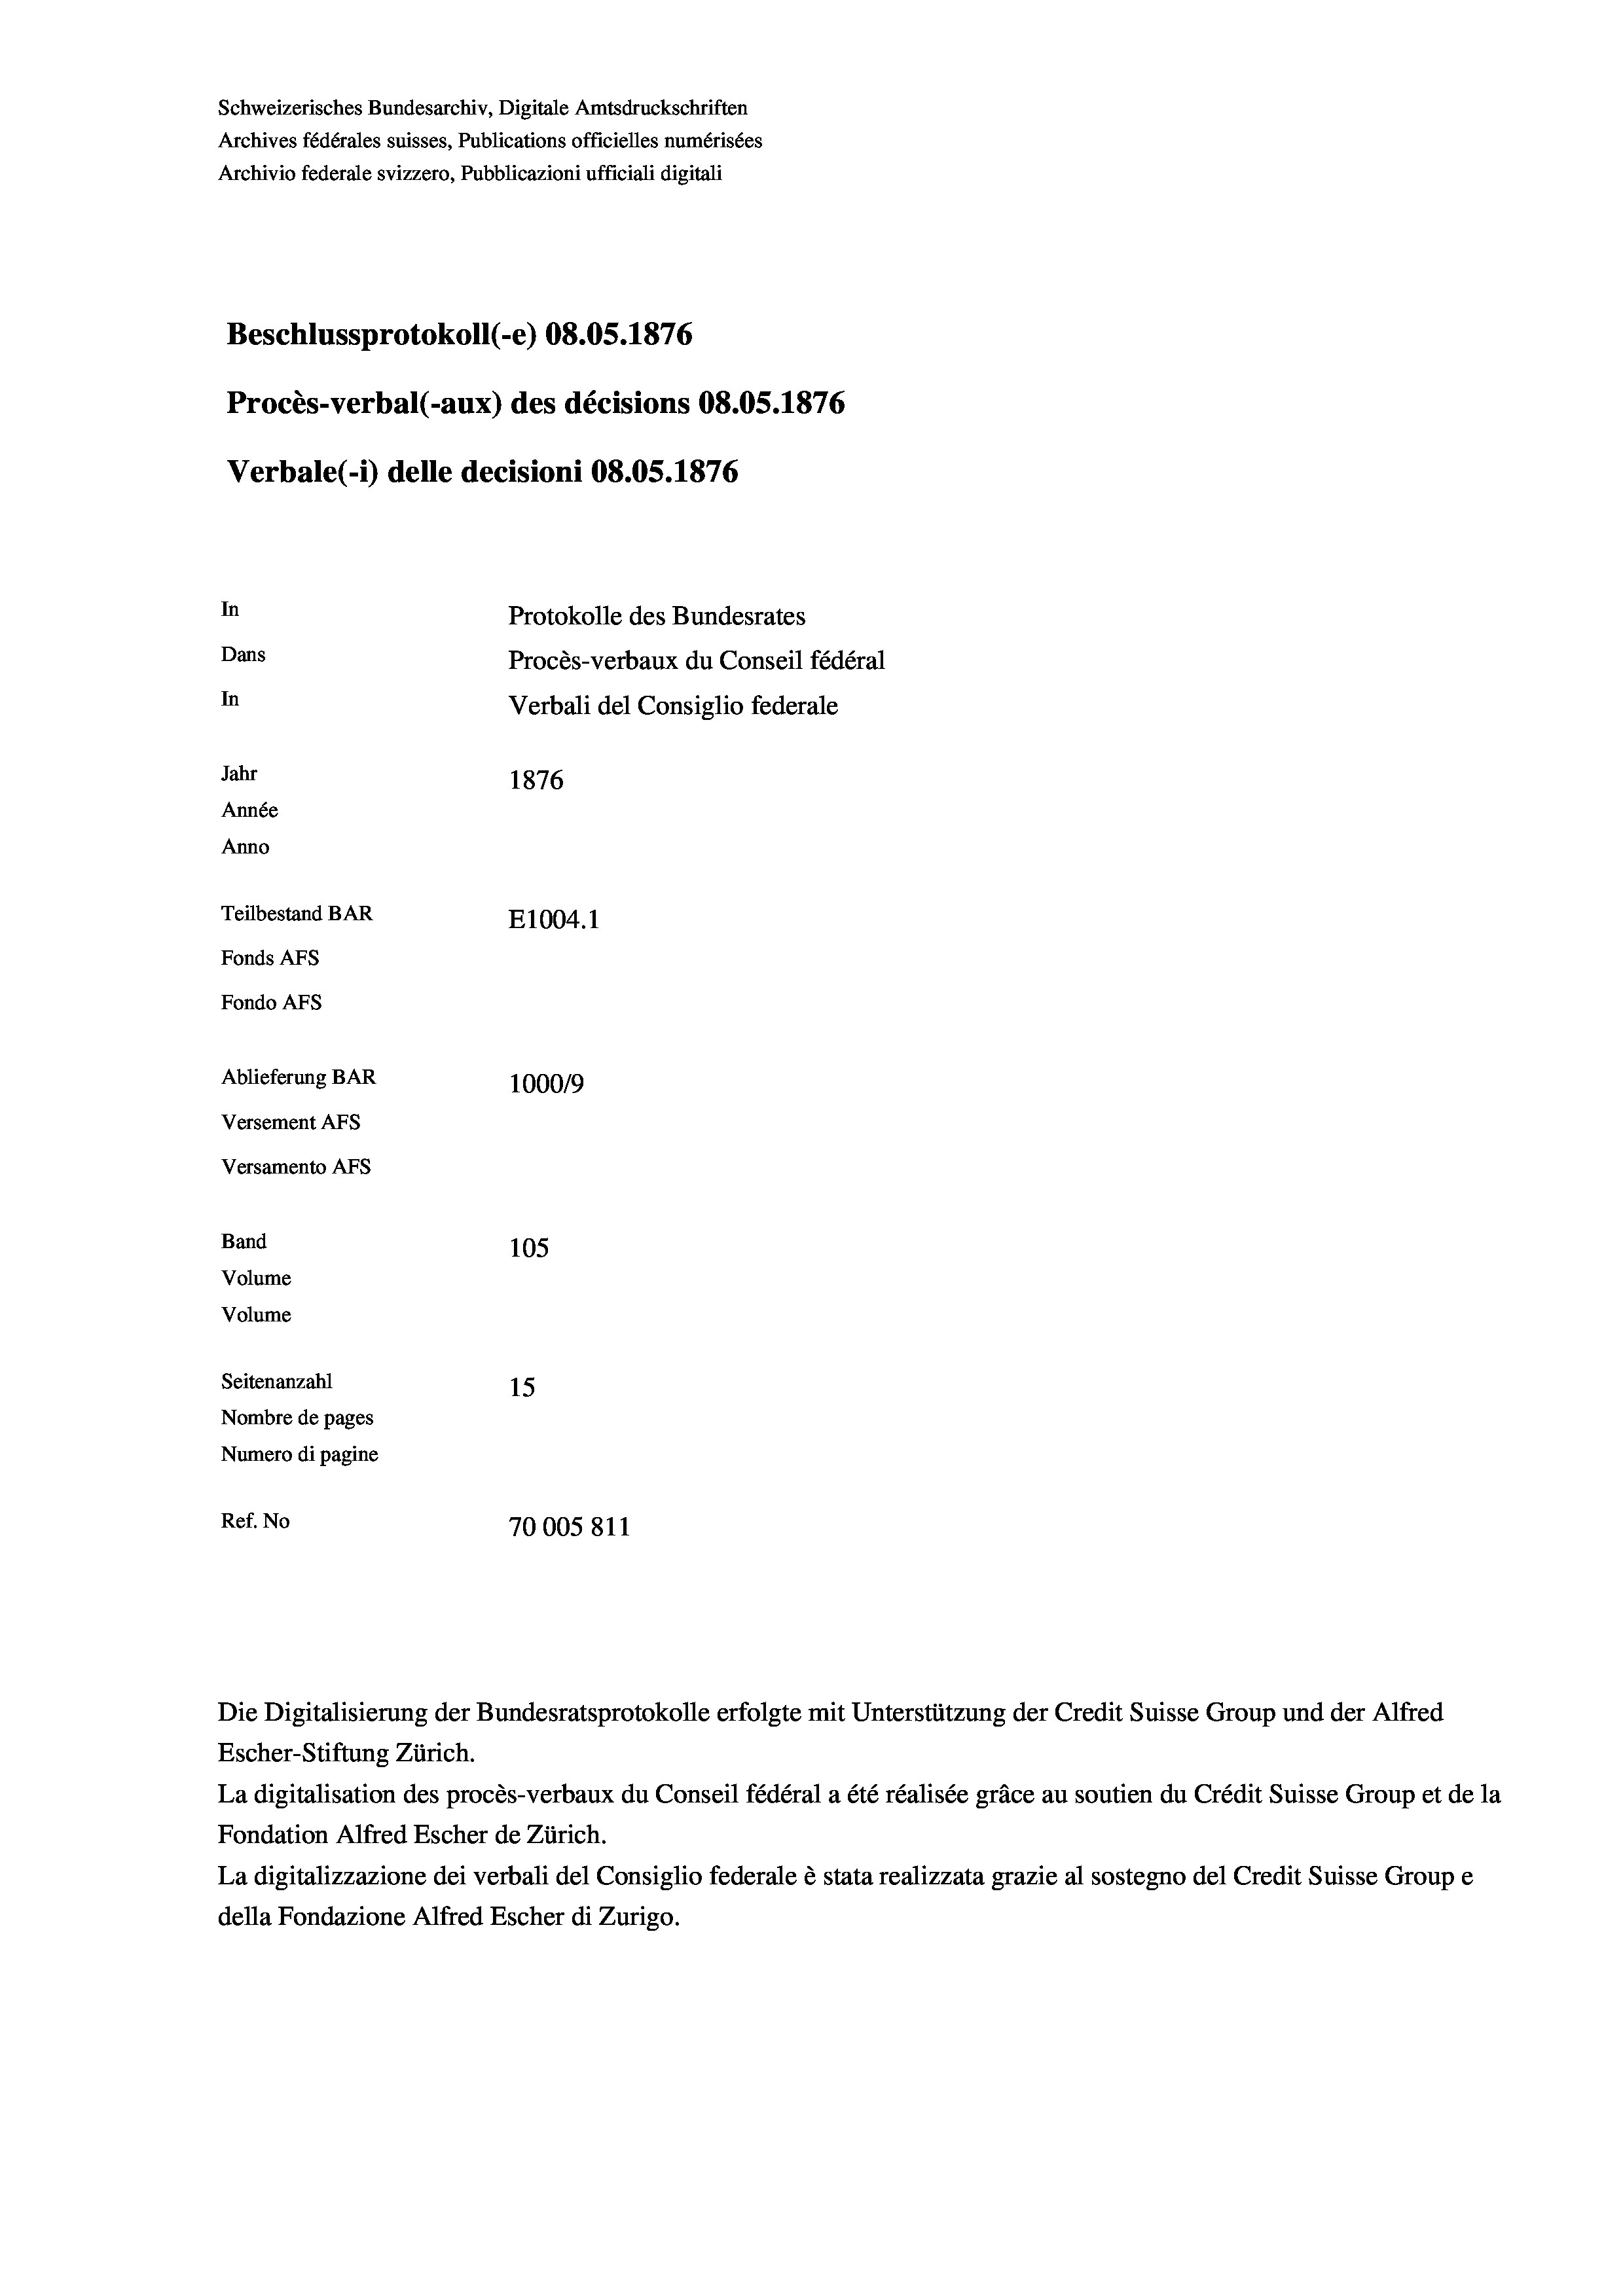
Schweizerisches Bundesarchiv, Digitale Amtsdruckschriften
Archives fédérales suisses, Publications officielles numérisées
Archivio federale svizzero, Pubblicazioni ufficiali digitali
Beschlussprotokoll (-e) 08.05. 1876
Procès-verbal (-aux) des décisions 08.05. 1876
Verbale(-*) delle decisioni 08.OS. 1876
In
Protokolle des Bundesrates
Dans
Procès-verbaux du Conseil fédéral
In
Verbali del Consiglio federale
Jahr
1876
Année
Anno
Teilbestand BAR
E1004. 1
Fonds Afs
Fondo AFs
Ablieferung BAR
1000/9
Versement Abs
Versamento AFs
Band
105
Volume

Volume

Seitenanzahl
15
Nombre de pages
Numero di pagine
Ref. No
70005 811

Die Digitalisierung der Bundesratsprotokolle erfolgte mit Unterstützung der Credit Suisse Group und der Alfred
Escher-Stiftung Zürich.
La digitalisation des procès-verbaux du Conseil fédéral a été réalisée gräce au soutien du Crédit Suisse Group et de la
Fondation Alfred Escher de Zürich.
La digitalizzazione dei verbali del Consiglio federale è stata realizzata grazie al sostegno del Credit Suisse Groupe
della Fondazione Alfred Escher di Zurigo.